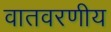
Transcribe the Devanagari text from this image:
वातवरणीय